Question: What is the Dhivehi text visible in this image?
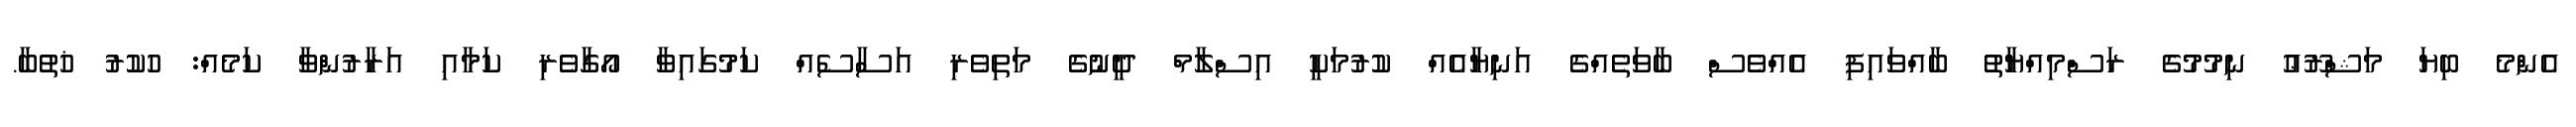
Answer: އެންމެ ބިޔަ މަޝްރޫޢު ނިމުމުގެ ރަސްމިއްޔާތު ބާއްވައިފި އެއްވެސް ބާވަތެއްގެ އަނިޔާއެއް ކުރުމަކީ އިސްލާމް ދީނުގެ މަތިވެރި އަސާސެއް ކަމުގައިވާ އޯގާވެރި ކަމާއި އަރާރުންވާ ކަމެއް: ހުކުރު ޚުތުބާ.